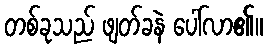
တစ်ခုသည် ဖျတ်ခနဲ ပေါ်လာ၏။